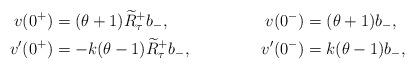
LaTeX: \begin{align*}v(0^+)&=(\theta+1)\widetilde{R}^+_\tau b_-,& v(0^-)&=(\theta+1)b_-,\\v'(0^+)&=-k(\theta-1)\widetilde{R}^+_\tau b_-, & v'(0^-)&=k(\theta-1)b_-,\end{align*}